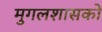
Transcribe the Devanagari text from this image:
मुगलशासकों